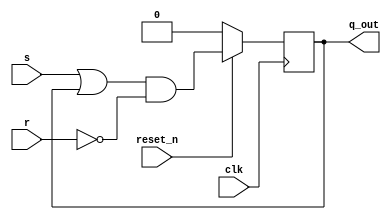
//------------------------------------------------------------------------------
//
//        This confidential and proprietary software may be used only
//     as authorized by a licensing agreement from Synopsys Inc.
//     In the event of publication, the following notice is applicable:
//
//                    (C) COPYRIGHT 2001 - 2002   SYNOPSYS INC.
//                          ALL RIGHTS RESERVED
//
//        The entire notice above must be reproduced on all authorized
//       copies.
//
//
// VERSION:   synthesizable Architecture
//
//-------------------------------------------------------------------------------
//----------------------------------------------------------------------
// ABSTRACT:  RS Flip Flop design
// 	D-Flop with the following truth
// 	table:
//      S       R       Q
//    ---------------------
//      0       0       Q(last)
//      0       1       0
//      1       0       1
//      1       1       0
//----------------------------------------------------------------------


module	rs_flop	(
	clk,
	reset_n,
	s,
	r,
	q_out
	);
parameter width = 1;
parameter reset_value = 0;

input			clk;
input			reset_n;
// Positive and synchronous
// reset.
input	[width-1:0]	s;
// Set input of the flop.
input	[width-1:0]	r;
// Reset input of the flop.

output	[width-1:0]	q_out;
// Final output of the flop.

reg	[width-1:0]	q_out;
wire [width-1:0] signal = (s | q_out) & ~r;

always @ (posedge clk)
  begin
   if (!reset_n)
      q_out <= reset_value;
   else
      q_out <= signal;
  end

endmodule // rs_flop is over.